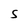
Character: S